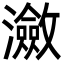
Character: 瀲